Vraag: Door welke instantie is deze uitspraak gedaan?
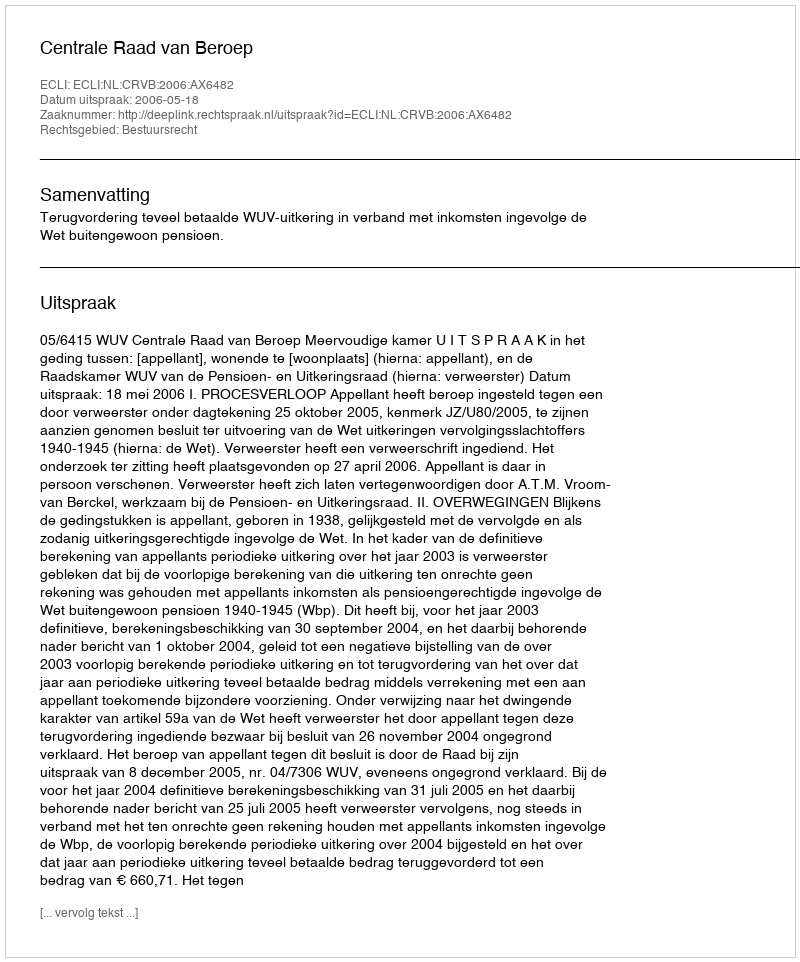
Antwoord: Centrale Raad van Beroep